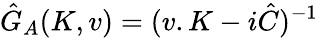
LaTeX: \hat{G}_{A}(K,v)=(v.K-i\hat{C})^{-1}